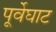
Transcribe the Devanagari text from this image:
पूर्वेघाट